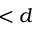
< d